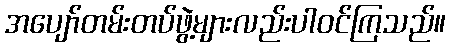
အပျော်တမ်းတပ်ဖွဲ့များလည်းပါဝင်ကြသည်။